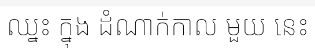
ឈ្នះ ក្នុង ដំណាក់កាល មួយ នេះ